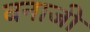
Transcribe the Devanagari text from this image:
बनाजी